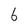
Character: 6